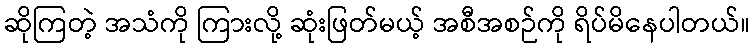
ဆိုကြတဲ့ အသံကို ကြားလို့ ဆုံးဖြတ်မယ့် အစီအစဉ်ကို ရိပ်မိနေပါတယ်။